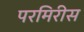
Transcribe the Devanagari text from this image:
परमिरीस